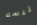
تيسلا